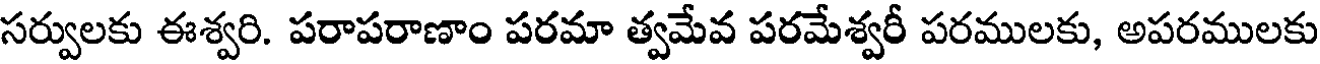
సర్వులకు ఈశ్వరి. పరాపరాణాం పరమా త్వమేవ పరమేశ్వరీ పరములకు, అపరములకు